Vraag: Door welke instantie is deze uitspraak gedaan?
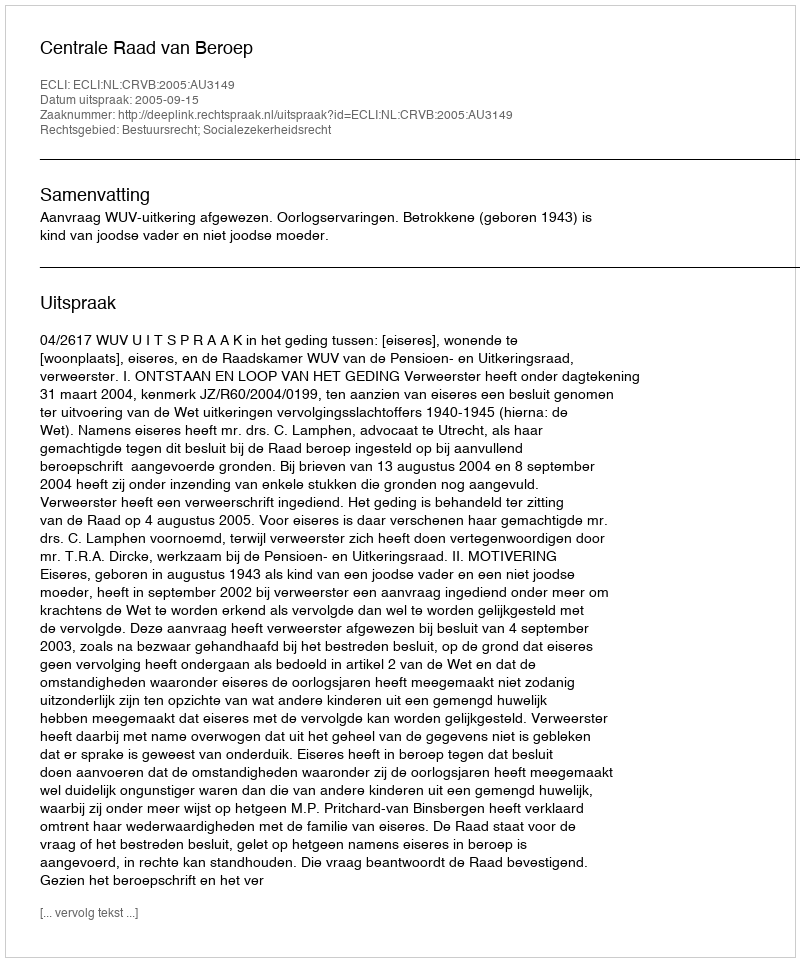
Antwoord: Centrale Raad van Beroep